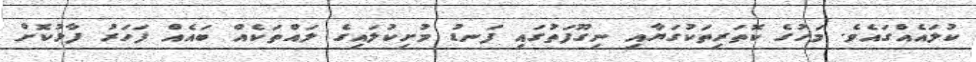
ކުލައެއްގައެވެ. މަހުގެ ކޮތަރިތަކުގަޔާއި ނިގޫފަތުގައި ފަނޑު މުށިކުލައިގެ ލައްތަކެއް ބައެއް ފަހަރު ފާޅުކޮށް